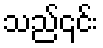
သည်၎င်း